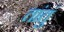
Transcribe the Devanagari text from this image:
तांतुं